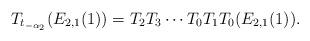
LaTeX: \begin{align*}T_{t_{-\alpha_2}}(E_{2,1}(1)) = T_2 T_3 \cdots T_0 T_1 T_0 (E_{2,1}(1)).\end{align*}